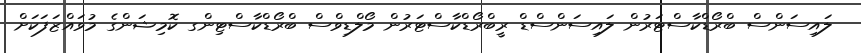
ލައިސަންސް ބްރޯޑްކާސްޓަރުން ލައިސަންސްޑް ރީބްރޯޑްކާސްޓަރުން މޯލްޑިވްސް ބްރޯޑްކާސްޓިންގ ކޮމިޝަންގެ މުވައްޒަފަކަށް